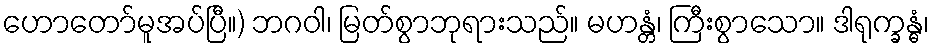
ဟောတော်မူအပ်ပြီ။) ဘဂဝါ၊ မြတ်စွာဘုရားသည်။ မဟန္တံ၊ ကြီးစွာသော။ ဒါရုက္ခန္ဓံ၊